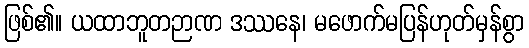
ဖြစ်၏။ ယထာဘူတဉာဏ ဒဿနေ၊ မဖောက်မပြန်ဟုတ်မှန်စွာ